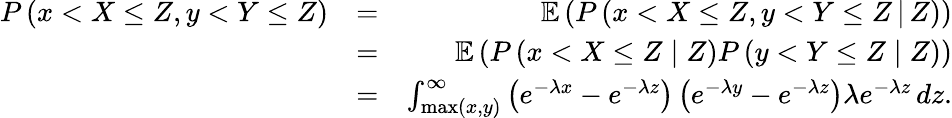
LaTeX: \begin{array}{rlr}{P\left(x<X\leq Z,y<Y\leq Z\right)}&{=}&{\mathbb{E}\left(P\left(x<X\leq Z,y<Y\leq Z\, |\, Z\right)\right)}\\ &{=}&{\mathbb{E}\left(P\left(x<X\leq Z\mid Z\right)P\left(y<Y\leq Z\mid Z\right)\right)}\\ &{=}&{\int_{\operatorname*{max}\left(x,y\right)}^{\infty}\left(e^{-\lambda x}-e^{-\lambda z}\right)\left(e^{-\lambda y}-e^{-\lambda z}\right)\lambda e^{-\lambda z}\, dz.}\end{array}